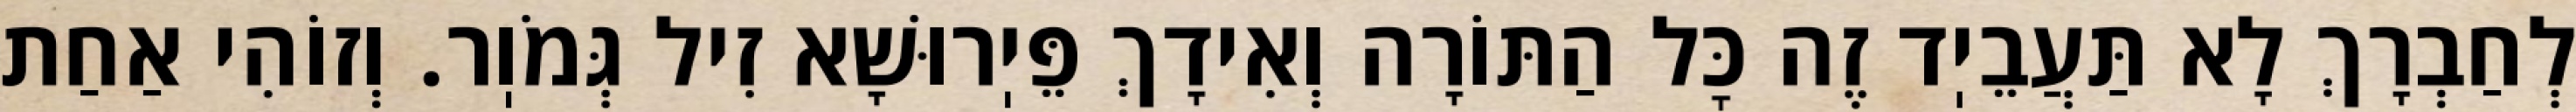
לְחַבְרָךְ לָא תַּעֲבֵיֽד זֶה כׇּל הַתּוֹרָה וְאִידָךְ פֵּיֽרוּשָׁא זִיל גְּמֹוֽר. וְזוֹהִי אַחַת